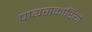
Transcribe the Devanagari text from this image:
पायसकारियों